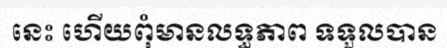
នេះ ហើយពុំមានលទ្ធភាព ទទួលបាន